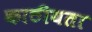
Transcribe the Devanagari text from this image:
काठीयता